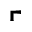
\ulcorner